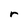
Character: r